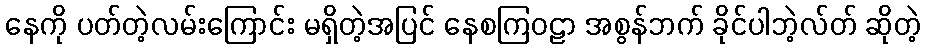
နေကို ပတ်တဲ့လမ်းကြောင်း မရှိတဲ့အပြင် နေစကြဝဠာ အစွန်ဘက် ခိုင်ပါဘဲ့လ်တ် ဆိုတဲ့